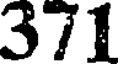
371